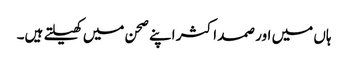
ہاں میں اور صمد اکثر اپنے صحن میں کھیلتے ہیں۔